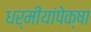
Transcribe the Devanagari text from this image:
धर्मीयांपेक्षा